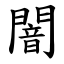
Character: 闇